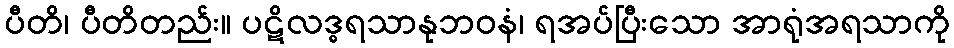
ပီတိ၊ ပီတိတည်း။ ပဋိလဒ္ဓရသာနုဘဝနံ၊ ရအပ်ပြီးသော အာရုံအရသာကို